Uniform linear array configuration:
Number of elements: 4
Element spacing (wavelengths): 0.75
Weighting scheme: binomial
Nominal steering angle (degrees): -15
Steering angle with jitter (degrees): -16.87
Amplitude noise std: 0.05
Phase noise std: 0.05

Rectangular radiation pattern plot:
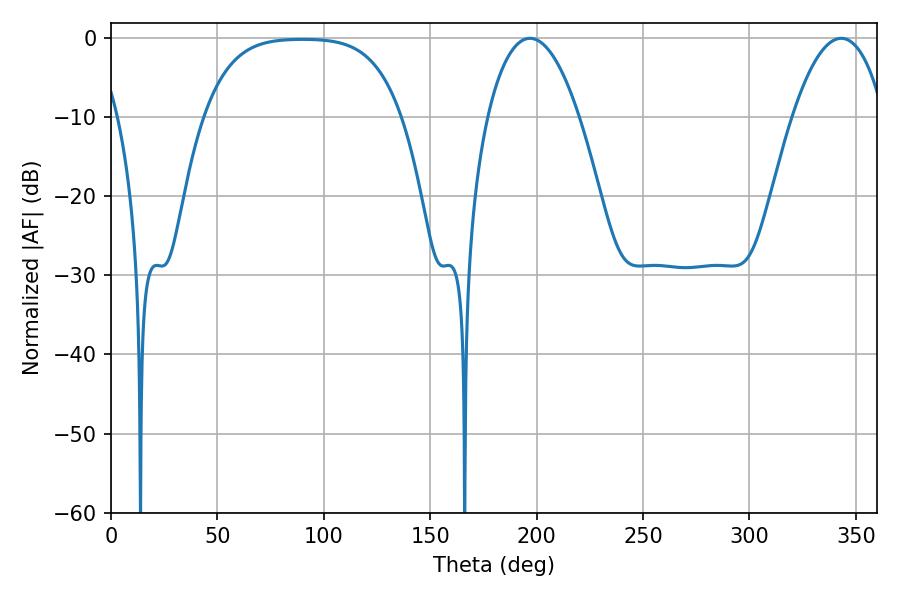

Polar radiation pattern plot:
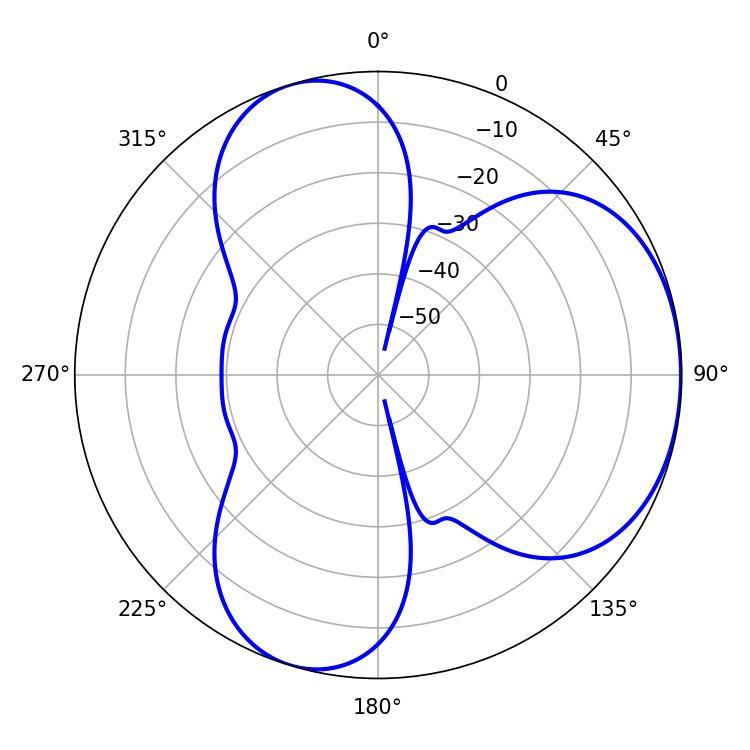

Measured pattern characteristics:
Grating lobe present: TRUE
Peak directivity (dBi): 4.233
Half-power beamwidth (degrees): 23.94
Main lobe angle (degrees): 196.92